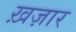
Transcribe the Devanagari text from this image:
ख़ज़ार